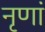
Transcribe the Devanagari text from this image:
नृणां